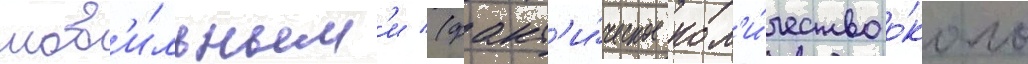
моб'и́льным'и (факт'и́ческое кол'и́чество о́коло